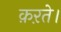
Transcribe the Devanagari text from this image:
क़ऱते।